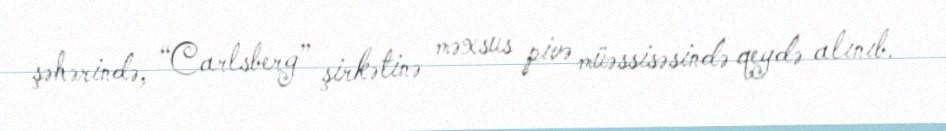
şəhərində, “Carlsberg” şirkətinə məxsus pivə müəssisəsində qeydə alınıb.